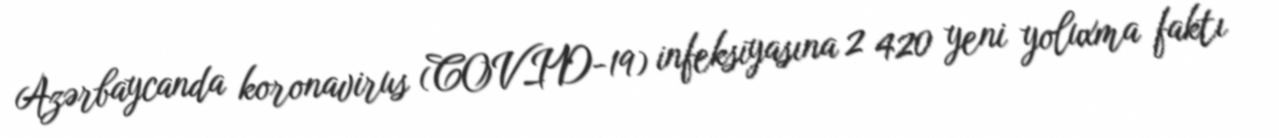
Azərbaycanda koronavirus (COVID-19) infeksiyasına 2 420 yeni yoluxma faktı